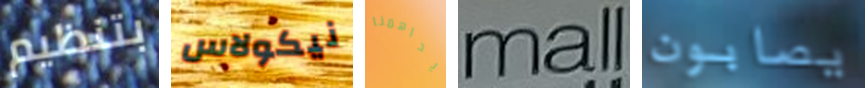
بتنظيم نيكولاس يداهمنا mall يصابون